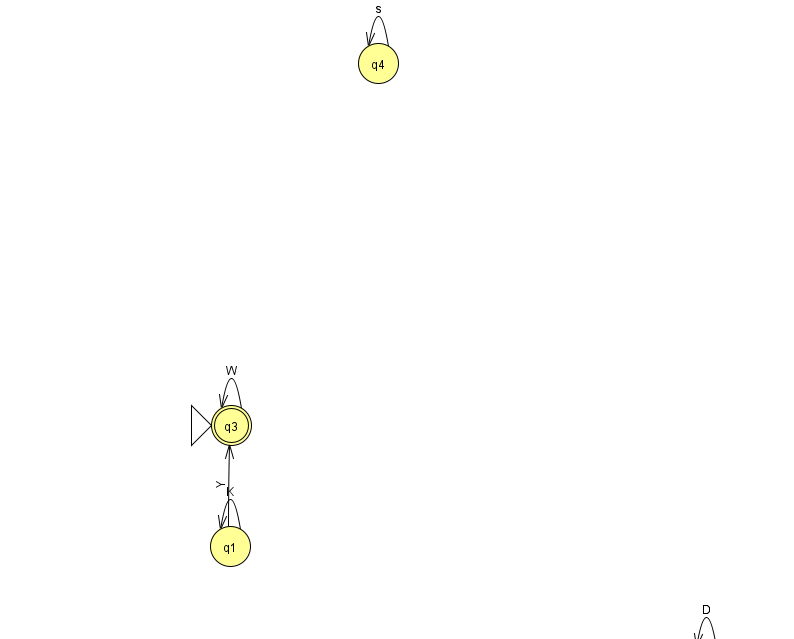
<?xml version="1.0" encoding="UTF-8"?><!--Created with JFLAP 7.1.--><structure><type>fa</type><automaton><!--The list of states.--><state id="0" name="q0"><x>706.0</x><y>651.0</y></state><state id="1" name="q1"><x>230.0</x><y>533.0</y></state><state id="3" name="q3"><x>231.0</x><y>412.0</y><initial/><final/></state><state id="4" name="q4"><x>378.0</x><y>50.0</y></state><!--The list of transitions.--><transition><from>1</from><to>3</to><read>Y</read></transition><transition><from>4</from><to>4</to><read>s</read></transition><transition><from>0</from><to>0</to><read>D</read></transition><transition><from>3</from><to>3</to><read>W</read></transition><transition><from>1</from><to>1</to><read>K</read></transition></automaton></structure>